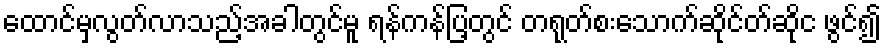
ထောင်မှလွတ်လာသည့်အခါတွင်မူ ရန်ကန်ပြ့တွင် တရုတ်စးသောက်ဆိုင်တ်ဆိုင ဖွင်၍